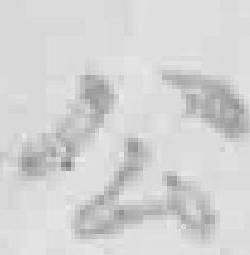
公